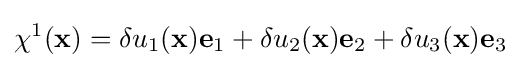
\chi ^{1}({\bf {x}})=\delta {u}_{1}({\bf {x}}){\bf {e}}_{1}+\delta {u}_{2}({\bf {x}}){\bf {e}}_{2}+\delta {u}_{3}({\bf {x}}){\bf {e}}_{3}